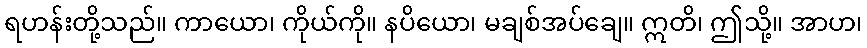
ရဟန်းတို့သည်။ ကာယော၊ ကိုယ်ကို။ နပိယော၊ မချစ်အပ်ချေ။ ဣတိ၊ ဤသို့။ အာဟ၊